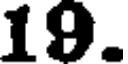
19.